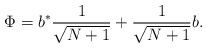
LaTeX: \begin{align*}\Phi=b^{*}\frac{1}{\sqrt{N+1}}+\frac{1}{\sqrt{N+1}}b.\end{align*}